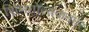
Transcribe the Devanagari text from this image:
शिमगोत्सवानंतर